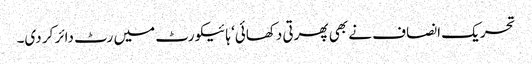
تحریک انصاف نے بھی پھرتی دکھائی‘ ہائیکورٹ میں رٹ دائر کر دی۔